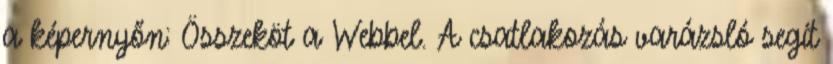
a képernyőn: Összeköt a Webbel. A csatlakozás varázsló segít